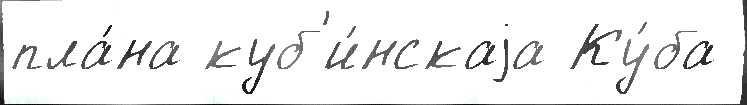
пла́на куб'и́нскаjа Ку́ба